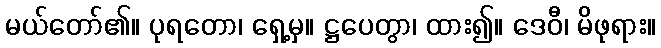
မယ်တော်၏။ ပုရတော၊ ရှေ့မှ။ ဋ္ဌပေတွာ၊ ထား၍။ ဒေဝီ၊ မိဖုရား။